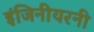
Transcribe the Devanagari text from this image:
इंजिनीयरनी